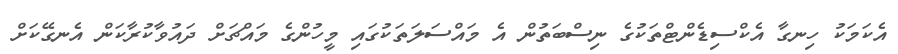
އެކަމަކު ހިނގާ އެކްސިޑެންޓްތަކުގެ ނިސްބަތުން އެ މައްސަލަތަކުގައި މީހުންގެ މައްޗަށް ދައުވާކުރާކަން އެނގޭކަށް